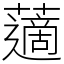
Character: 藡